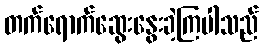
တက်ရောက်ဆွေးနွေးခဲ့ကြပါသည်